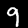
Digit: 9